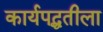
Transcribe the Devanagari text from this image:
कार्यपद्धतीला